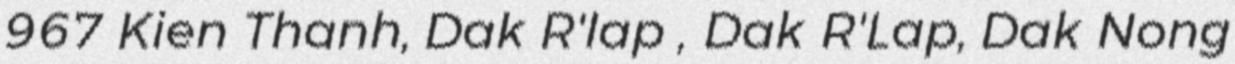
967 Kien Thanh, Dak R'lap , Dak R'Lap, Dak Nong